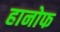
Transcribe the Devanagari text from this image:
हानोफ